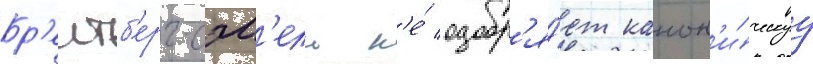
Бр'еитб'ерг-сэм'ель н'е́ одобр'я́ет канон'и́ческуу